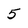
Character: 5